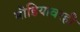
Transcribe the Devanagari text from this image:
मीडियावरही